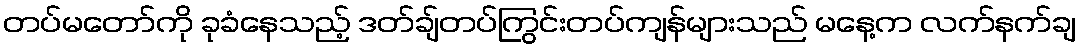
တပ်မတော်ကို ခုခံနေသည့် ဒတ်ချ်တပ်ကြွင်းတပ်ကျန်များသည် မနေ့က လက်နက်ချ